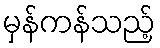
မှန်ကန်သည့်